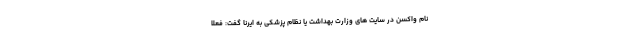
نام واکسن در سایت های وزارت بهداشت یا نظام پزشکی به ایرنا گفت: فعلا